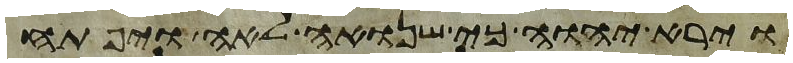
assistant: וירא יהוה כי שנואה לאה ויפתח